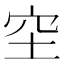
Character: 𥤧